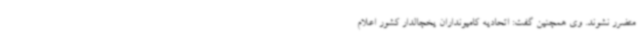
متضرر نشوند. وی همچنین گفت: اتحادیه کامیونداران یخچالدار کشور اعلام